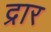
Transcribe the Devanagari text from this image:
द्रार